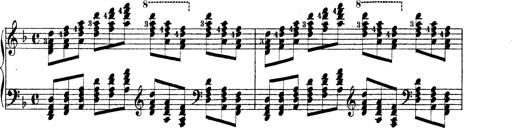
Title: Technische Studien
Composer: Franz Liszt